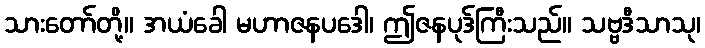
သားတော်တို့။ အယံခေါ မဟာဇနပဒေါ၊ ဤဇနပုဒ်ကြီးသည်။ သဗ္ဗဒီသာသု၊